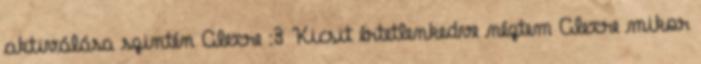
aktiválása szintén Alexre :3 Kicsit értetlenkedve néztem Alexre mikor